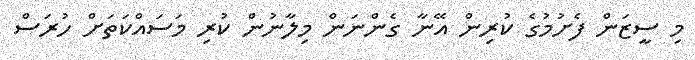
މި ސީޒަން ފެށުމުގެ ކުރިން އޭނާ ގެންނަން މިލާނުން ކުރި މަސައްކަތަށް ހުރަސް